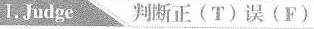
I. Judge 判断正(T)误(F)